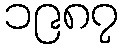
၁၉၈၇